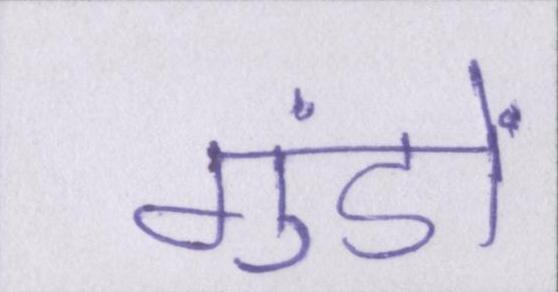
गुंडों